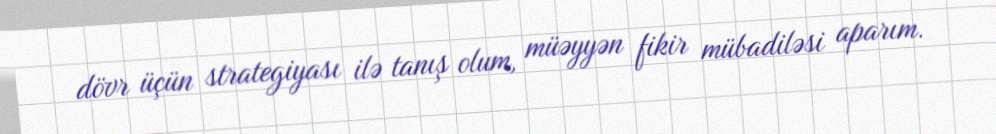
dövr üçün strategiyası ilə tanış olum, müəyyən fikir mübadiləsi aparım.